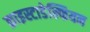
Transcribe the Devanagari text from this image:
क्राइस्टाडेल्फियन